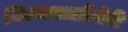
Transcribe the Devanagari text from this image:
थिरुकलान्रीजेरी